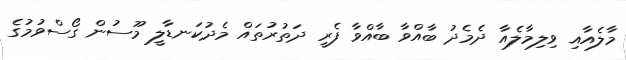
މާލެއާއި ވިލިމާލެއާ ދެމެދު ބާއްވާ ބާއްވާ ފެރީ ދަތުރުތައް މެދުކަނޑާލީ މޫސުން ގޯސްވުމުގެ